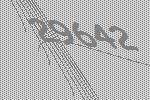
29642